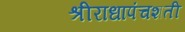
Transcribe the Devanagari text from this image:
श्रीराधापंचशती